Sanitation, dispensaries and jails vaccination Rajputana 1922-1927 - 1922-1927
Year: 1922
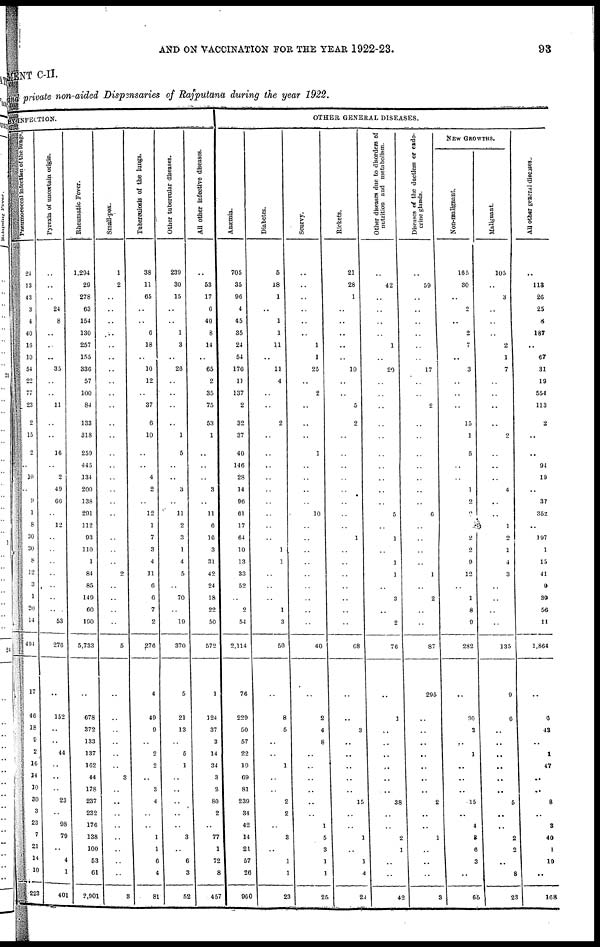
AND ON VACCINATION FOR THE YEAR 1922-23.
93
MENT C-II.
and private non-aided Dispensaries of Rajputana during the year 1922.
BY INFECTION.
Pneumococcal infection of the lungs .
24
13
43
3
4
40
16
10
54
22
77
23
2
15
2
..
10
..
9
1
8
30
30
8
12
3
1
20
14
494
17
46
18
9
2
16
14
10
30
3
23
7
21
14
10
223
Pyrexia of uncertain origin.
..
..
..
24
8
..
..
..
35
..
..
11
..
..
16
..
2
49
66
..
12
..
..
..
..
..
..
..
53
276
..
152
..
..
44
..
..
..
23
..
98
79
..
4
1
401
Rheumatic Fever.
1,294
29
278
63
154
130
257
155
336
57
100
84
133
318
259
445
134
200
138
291
112
93
110
1
84
85
149
60
190
5,733
..
678
372
133
137
162
44
178
237
232
176
138
100
53
61
2,901
Small-pox.
1
2
..
..
..
..
..
..
..
..
..
..
..
..
..
..
..
..
..
..
..
..
..
2
..
..
..
..
5
..
..
..
..
..
..
3
..
..
..
..
..
..
..
..
3
Tuberculosis of the lungs.
38
11
65
..
..
6
18
..
10
12
..
37
6
10
..
..
4
2
..
12
1
7
3
4
11
6
6
7
2
276
4
49
9
..
2
2
..
3
4
..
..
1
1
6
4
81
Other tubercular diseases.
239
30
15
..
..
1
3
..
26
..
..
..
..
1
5
..
..
3
..
11
2
3
1
4
5
..
70
..
10
370
5
21
13
..
5
1
..
..
..
..
..
3
..
6
3
52
All other infective diseases.
..
53
17
6
40
8
14
..
65
2
35
75
53
1
..
..
..
3
..
11
6
16
3
31
42
24
18
22
50
572
1
124
37
3
14
34
3
2
80
2
..
77
1
72
8
457
OTHER GENERAL DISEASES.
Anæmia.
705
35
96
4
45
35
24
54
176
11
137
2
32
37
40
146
28
14
96
61
17
64
10
13
33
52
..
2
54
2,114
76
229
50
57
22
19
69
81
239
34
42
14
21
57
26
960
Diabetes.
5
18
1
..
1
1
11
..
11
4
..
..
2
..
..
..
..
..
..
..
..
..
1
1
..
..
..
1
3
50
..
8
5
..
..
1
..
..
2
2
..
3
..
1
1
23
Scurvy.
..
..
..
..
..
..
1
1
25
..
2
..
..
..
1
..
..
..
..
10
..
..
..
..
..
..
..
..
..
40
..
2
4
8
..
..
..
..
..
..
1
5
3
1
1
25
Rickets.
21
28
1
..
..
..
..
..
10
..
..
5
2
..
..
..
..
..
..
..
..
1
..
..
..
..
..
..
..
68
..
..
3
..
..
..
..
..
15
..
..
1
..
1
4
24
Other diseases due to disorders of
nutrition and metabolism.
..
42
..
..
..
..
1
..
20
..
..
..
..
..
..
..
..
..
..
5
..
1
..
1
1
..
3
..
2
76
..
1
..
..
..
..
..
..
38
..
..
2
1
..
..
42
Diseases of the ductless or endo-
crine glands.
..
59
..
..
..
..
..
..
17
..
..
2
..
..
..
..
..
..
..
6
..
..
..
..
1
..
2
..
..
87
295
..
..
..
..
..
..
..
2
..
..
1
..
..
..
3
NEW GROWTHS.
Non-malignant.
165
30
..
2
..
2
7
..
3
..
..
..
15
1
5
..
..
1
2
2
..
2
2
9
12
..
1
8
9
282
..
30
3
..
1
..
..
..
15
..
4
8
6
3
..
65
Malignant.
105
..
3
..
..
..
2
1
7
..
..
..
..
2
..
..
..
4
..
..
1
2
1
4
3
..
..
..
..
135
9
6
..
..
..
..
..
..
5
..
..
2
2
..
8
23
All other general diseases.
..
113
26
25
8
187
..
67
31
19
554
113
2
..
..
94
19
..
37
352
..
197
1
15
41
9
39
56
11
1,864
..
6
43
..
1
47
..
..
8
..
3
40
1
19
..
168